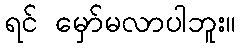
ရင် မှော်မလာပါဘူး။